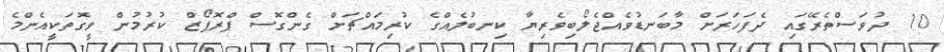
10 ދުވަސްތެރޭގައި ދެފަހަރަށް މާބަނޑުވެއްޖެލޯބިވެރިޔާ ކިނބުލެއްގެ ކުރިމައްޗަށް ގެންގޮސް ޕްރޮޕޯޒް ކުރުމުން ވީގޮތަކީއެންމެ